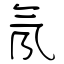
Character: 氖